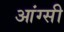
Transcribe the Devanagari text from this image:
आंग्सी